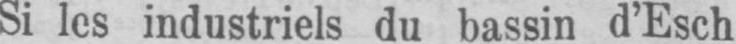
industriels du bassin d’Esch